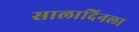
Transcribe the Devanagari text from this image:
सालादिनला